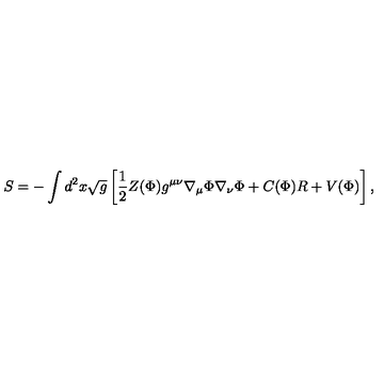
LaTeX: S = - \int d ^ { 2 } x \sqrt { g } \left[ { \frac { 1 } { 2 } } Z ( \Phi ) g ^ { \mu \nu } \nabla _ { \mu } \Phi \nabla _ { \nu } \Phi + C ( \Phi ) R + V ( \Phi ) \right] ,